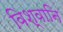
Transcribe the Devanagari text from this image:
विश्वानि